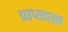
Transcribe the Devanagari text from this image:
प्राप्तप्रज्ञा